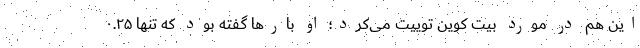
این هم در مورد بیت کوین توییت می‌کرد؛ او بارها گفته بود که تنها ۰.۲۵